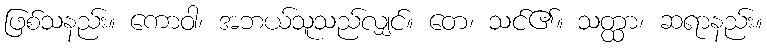
ဖြစ်သနည်း။ ကောဝါ၊ အဘယ်သူသည်လျှင်။ တေ၊ သင်၏။ သတ္ထာ၊ ဆရာနည်း။